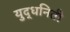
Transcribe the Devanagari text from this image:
युद्धनिती